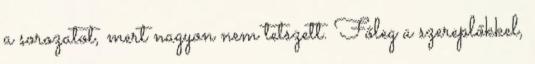
a sorozatot, mert nagyon nem tetszett. Főleg a szereplőkkel,